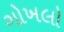
ગોખલો